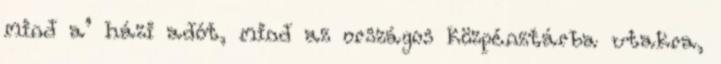
mind a’ házi adót, mind az országos közpénztárba utakra,